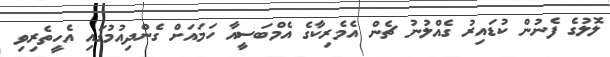
ލޮލުގެ ފެނުން ކުޑައިރު ގެއްލުނު ޗެން އެމެރިކާގެ އެމްބަސީއާ ހަމައަށް ގެންދިއުމުގައި އެހީތެރިވި